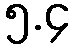
၅.၄